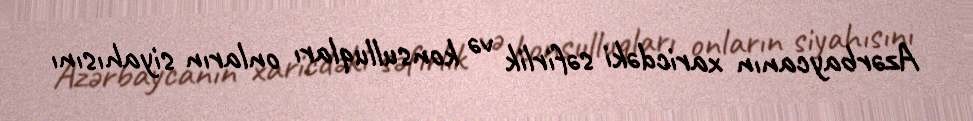
Azərbaycanın xaricdəki səfirlik və konsulluqları onların siyahısını